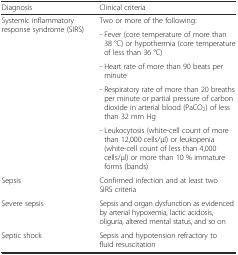
<table><thead><tr><td><b>Diagnosis</b></td><td><b>Clinical criteria</b></td></tr></thead><tbody><tr><td rowspan="5">Systemic inflammatory response syndrome (SIRS)</td><td>Two or more of the following:</td></tr><tr><td>- Fever (core temperature of more than 38 °C) or hypothermia (core temperature of less than 36 °C)</td></tr><tr><td>- Heart rate of more than 90 beats per minute</td></tr><tr><td>- Respiratory rate of more than 20 breaths per minute or partial pressure of carbon dioxide in arterial blood (PaCO<sub>2</sub>) of less than 32 mm Hg</td></tr><tr><td>- Leukocytosis (white-cell count of more than 12,000 cells/μl) or leukopenia (white-cell count of less than 4,000 cells/μl) or more than 10 % immature forms (bands)</td></tr><tr><td>Sepsis</td><td>Confirmed infection and at least two SIRS criteria</td></tr><tr><td>Severe sepsis</td><td>Sepsis and organ dysfunction as evidenced by arterial hypoxemia, lactic acidosis, oliguria, altered mental status, and so on</td></tr><tr><td>Septic shock</td><td>Sepsis and hypotension refractory to fluid resuscitation</td></tr></tbody></table>